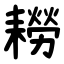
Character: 耮